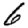
Digit: 6